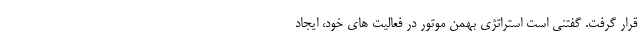
قرار گرفت. گفتنی است استراتژی بهمن موتور در فعالیت های خود، ایجاد